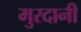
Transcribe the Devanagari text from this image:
मुरदानी